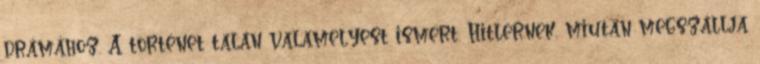
drámához. A történet talán valamelyest ismert. Hitlernek, miután megszállja